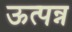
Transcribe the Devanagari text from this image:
ऊत्पन्न